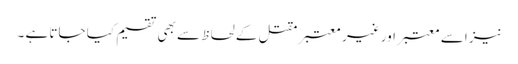
نیز اسے معتبر اور غیر معتبر مقتل کے لحاظ سے بھی تقسیم کیا جاتا ہے ۔